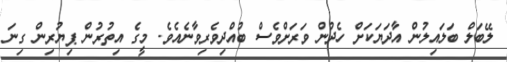
ލޭބަލް ބަލައިލުން އާދަޔަކަށް ހެދުން ވަރަށްވެސް ބުއްދިވެރިވާނެއެވެ. މީގެ އިތުރުން ޕިޔުރިން ގިނަ